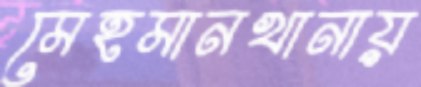
মেহমানখানায়